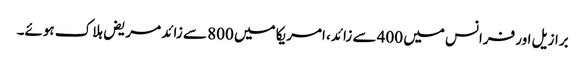
برازیل اور فرانس میں 400 سے زائد، امریکا میں 800 سے زائد مریض ہلاک ہوئے۔